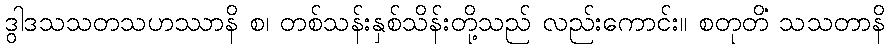
ဒွါဒသသတသဟဿာနိ စ၊ တစ်သန်းနှစ်သိန်းတို့သည် လည်းကောင်း။ စတုတိံ သသတာနိ